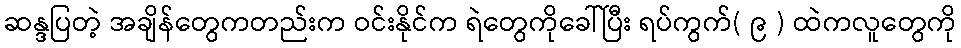
ဆန္ဒပြတဲ့ အချိန်တွေကတည်းက ဝင်းနိုင်က ရဲတွေကိုခေါ်ပြီး ရပ်ကွက်( ၉ ) ထဲကလူတွေကို